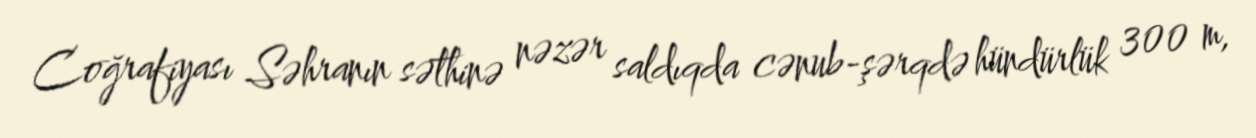
Coğrafiyası Səhranın səthinə nəzər saldıqda cənub-şərqdə hündürlük 300 m,